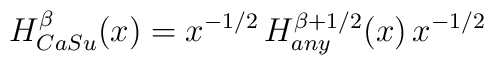
H_{CaSu}^\beta (x) = x^{-1/2} \, H_{any}^{\beta+1/2}(x) \, x^{-1/2}